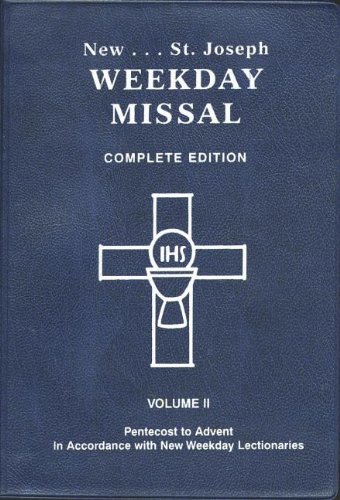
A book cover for St. Joseph Weekday Missal, Complete Edition, Vol. 2: Pentecost to Advent; Catholic Book Publishing Co; Christian Books & Bibles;